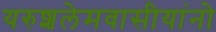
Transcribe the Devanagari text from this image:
यरुशलेमवासीयांनो